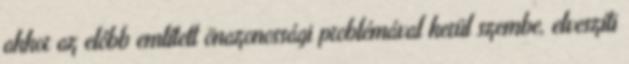
akkor az előbb említett önazonossági problémával kerül szembe, elveszíti